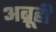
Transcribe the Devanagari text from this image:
अब्रूही